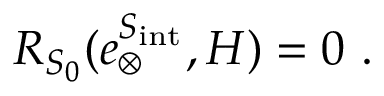
R _ { S _ { 0 } } ( e _ { \otimes } ^ { S _ { \mathrm { i n t } } } , H ) = 0 \ .